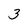
Character: 3